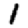
Digit: 1